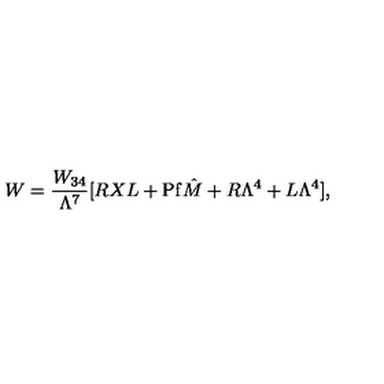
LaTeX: W = { \frac { W _ { 3 4 } } { \Lambda ^ { 7 } } } [ R X L + \mathrm { P f } \hat { M } + R \Lambda ^ { 4 } + L \Lambda ^ { 4 } ] ,